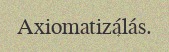
Axiomatizálás.